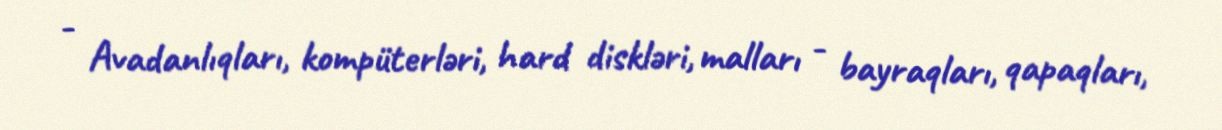
- Avadanlıqları, kompüterləri, hard diskləri, malları - bayraqları, qapaqları,